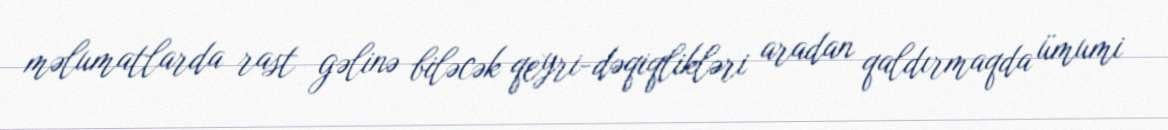
məlumatlarda rast gəlinə biləcək qeyri-dəqiqlikləri aradan qaldırmaqda ümumi